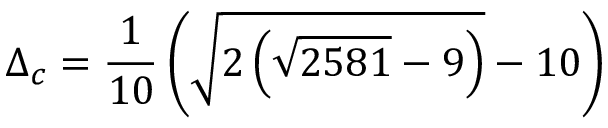
\Delta _ { c } = \frac { 1 } { 1 0 } \left( \sqrt { 2 \left( \sqrt { 2 5 8 1 } - 9 \right) } - 1 0 \right)